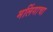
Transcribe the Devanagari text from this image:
मलिंगाचा